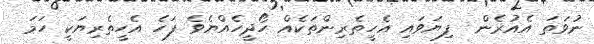
ނުވަތަ އެއުރެން  ފިޔަވައި އެހީތެރިންތަކެއް ހޯދީހެއްޔެވެ ފަހެ އެހީތެރިޔަކީ ހަމަ